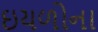
ઇયળોના